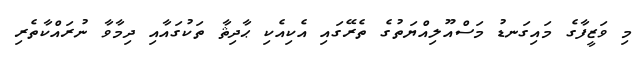
މި ވަޒީފާގެ މައިގަނޑު މަސްއޫލިއްޔަތުގެ ތެރޭގައި އެކިއެކި ޙާދިޘާ ތަކުގައާއި ދިމާވާ ނުރައްކާތެރި